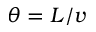
\theta = L / v